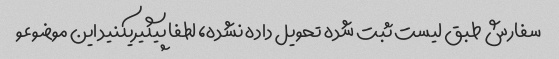
سفارش طبق لیست ثبت شده تحویل داده نشده، لطفا پیگیریکنید این موضوعو